Report of the Indian Hemp Drugs Commission, 1894-1895 - Volume VII
Year: 1894
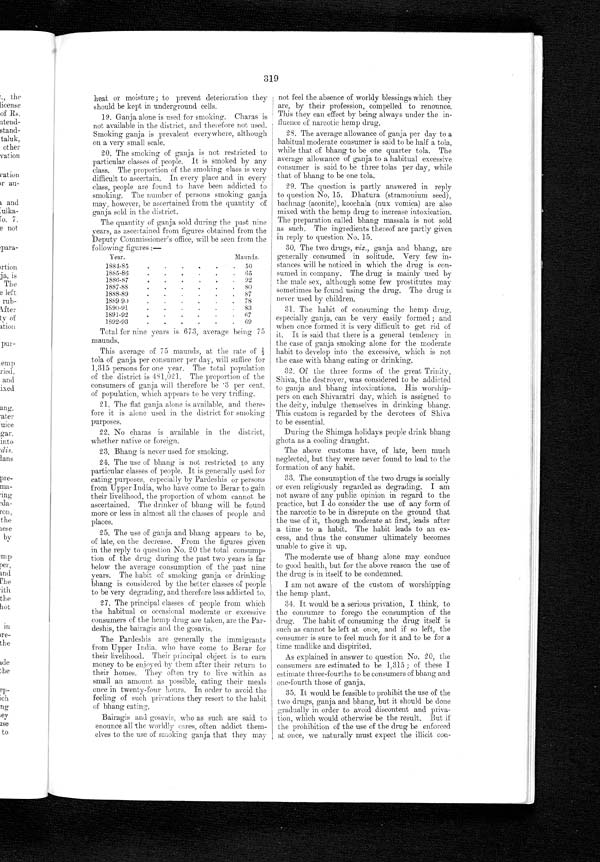
319
heat or moisture ; to prevent deterioration they
should be kept in underground cells.
19. Ganja alone is used for smoking. Charas is
not available in the district, and therefore not used.
Smoking ganja is prevalent everywhere, although
on a very small scale.
20. The smoking of ganja is not restricted to
particular classes of people. It is smoked by any
class. The proportion of the smoking class is very
difficult to ascertain. In every place and in every
class, people are found to have been addicted to
smoking. The number of persons smoking ganja
may, however, be ascertained from the quantity of
ganja sold in the district.
The quantity of ganja sold during the past nine
years, as ascertained from figures obtained from the
Deputy Commissioner's office, will be seen from the
following figures:—
Year.
M a u n s s .
1884-85
50
1885-86
65
1886-87
92
1887 -88
80
1888-89
87
1889-90
78
1890-91
...
.
83
1891-92
67
1892-93
69
Total for nine years is 673, average being 75
maunds.
This average of 75 maunds, at the rate of
1/2 tola of ganja per consumer per day, will sufiice for
1,315 persons for one year. The total population
of the district is 481,021. The proportion of the
consumers of ganja will therefore be 3 per cent,
of population, which appears to be very trifling.
21. The flat ganja alone is available, and there-
fore it is alone used in the district for smoking
purposes.
22. No charas is available in the district,
whether native or foreign.
23. Bhang is never used for smoking.
24. The use of bhang is not restricted to any
particular classes of people. It is generally used for
eating purposes, especially by Pardeshis or persons
from Upper India, who have come to Berar to gain
their livelihood, the proportion of whom cannot be
ascertained. The drinker of bhang will be found
more or less in almost all the classes of people and
places.
25. The use of ganja and bhang appears to be,
of late, on the decrease. From the figures given
in the reply to question No. 20 the total consump-
tion of the drug during the past two years is far
below the average consumption of the past nine
years. The habit of smoking ganja or drinking
bhang is considered by the better classes of people
to be very degrading, and therefore less addicted to,
27. The principal classes of people from which
the habitual or occasional moderate or excessive
consumers of the hemp drug are taken, are the Par-
deshis, the bairagis and the gosavis.
The Pardeshis are generally the immigrants
from Upper India, who have come to Berar for
their livelihood. Their principal object is to earn
money to be enjoyed by them after their return to
their homes. They often try to live within as
small an amount as possible, eating their meals
once in twenty-four hours, In order to avoid the
feeling of such privations they resort to the habit
of bhang eating.
Bairagis and gosavis, who as such are said to
enounce all the worldly cares, often addict them-
elves to the use of smoking ganja that they may
not feel the absence of worldy blessings which they
are, by their profession, compelled to renounce.
This they can effect by being always under the in-
fluence of narcotic hemp drug.
28. The average allowance of ganja per day to a
habitual moderate consumer is said to be half a tola,
while that of bhang to be one quarter tola. The
average allowance of ganja to a habitual excessive
consumer is said to be three tolas per day, while
that of bhang to be one tola.
29. The question is partly answered in reply
to question No. 15. Dhatura (stramonium seed),
bachnag (aconite), koochala (nux vomica) are also
mixed with the hemp drug to increase intoxication.
The preparation called bhang massala is not sold
as such. The ingredients thereof are partly given
in reply to question No. 15.
30. The two drugs, viz., ganja and bhang, are
generally consumed in solitude. Very few in-
stances will be noticed in which the drug is con-
sumed in company. The drug is mainly used by
the male sex, although some few prostitutes may
sometimes be found using the drug. The drug is
never used by children.
31. The habit of consuming the hemp drug,
especially ganja, can be very easily formed ; and
when once formed it is very difficult to get rid of
it. It is said that there is a general tendency in
the ease of ganja smoking alone for the moderate
habit to develop into the excessive, which is not
the case with bhang eating or drinking.
32. Of the three forms of the great Trinity,
Shiva, the destroyer, was considered to be addicted
to ganja and bhang intoxications. His worship-
pers on each Shivaratri day, which is assigned to
the deity, indulge themselves in drinking bhang.
This custom is regarded by the devotees of Shiva
to be essential.
During the Shimga holidays people drink bhang
ghota as a cooling draught.
The above customs have, of late, been much
neglected, but they were never found to lead to the
formation of any habit.
33. The consumption of the two drugs is socially
or even religiously regarded as degrading. I am
not aware of any public opinion in regard to the
practice, but I do consider the use of any form of
the narcotic to be in disrepute on the ground that
the use of it, though moderate at first, leads after
a time to a habit. The habit leads to an ex-
cess, and thus the consumer ultimately becomes
unable to give it up.
The moderate use of bhang alone may conduce
to good health, but for the above reason the use of
the drug is in itself to be condemned.
I am not aware of the custom of worshipping
the hemp plant.
34. It would be a serious privation, I think, to
the consumer to forego the consumption of the
drug. The habit of consuming the drug itself is
such as cannot be left at once, and if so left, the
consumer is sure to feel much for it and to be for a
time madlike and dispirited.
As explained in answer to question No. 20, the
consumers are estimated to be 1,315 ; of these I
estimate three -fourths to be consumers of bhang and
one-fourth those of ganja.
35. It would be feasible to prohibit the use of the
two drugs, ganja and bhang, but it should be done
gradually in order to avoid discontent and priva-
tion, which would otherwise be the result. But if
the prohibition of the use of the drug be enforced
at once, we naturally must expect the illicit con-